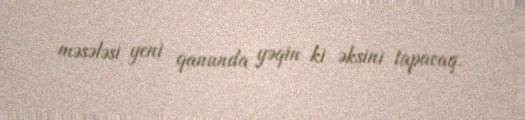
məsələsi yeni qanunda yəqin ki əksini tapacaq.